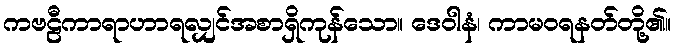
ကဗဠီကာရာဟာရလျှင်အစာရှိကုန်သော။ ဒေဝါနံ၊ ကာမဝရနတ်တို့၏။